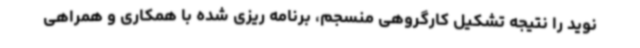
نوید را نتیجه تشکیل کارگروهی منسجم، برنامه ریزی شده با همکاری و همراهی